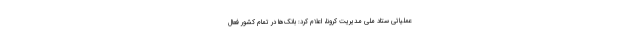
عملیاتی ستاد ملی مدیریت کرونا، اعلام کرد: بانک‌ها در تمام کشور فعال